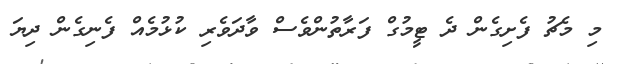
މި މެޗު ފެށިގެން ދެ ޓީމުގް ފަރާތުންވެސް ވާދަވެރި ކުޅުމެއް ފެނިގެން ދިޔަ